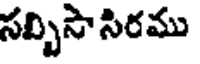
సబ్బిసా సిరము